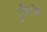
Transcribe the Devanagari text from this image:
टुगैदरनेस